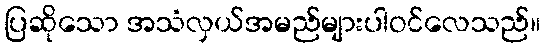
ပြဆိုသော အသံလှယ်အမည်များပါဝင်လေသည်။